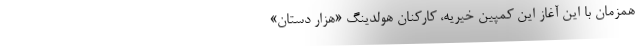
همزمان با این آغاز این کمپین خیریه، کارکنان هولدینگ «هزار ‌دستان»